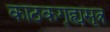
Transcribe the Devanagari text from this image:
काठकगृह्यसूत्र